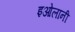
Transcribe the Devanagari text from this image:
इओलानी